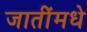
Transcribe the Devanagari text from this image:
जातींमधे